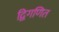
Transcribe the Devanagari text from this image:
द्विगणित